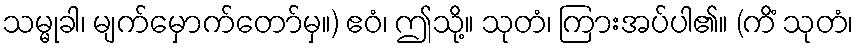
သမ္မုခါ၊ မျက်မှောက်တော်မှ။) ဧဝံ၊ ဤသို့။ သုတံ၊ ကြားအပ်ပါ၏။ (ကိံ သုတံ၊